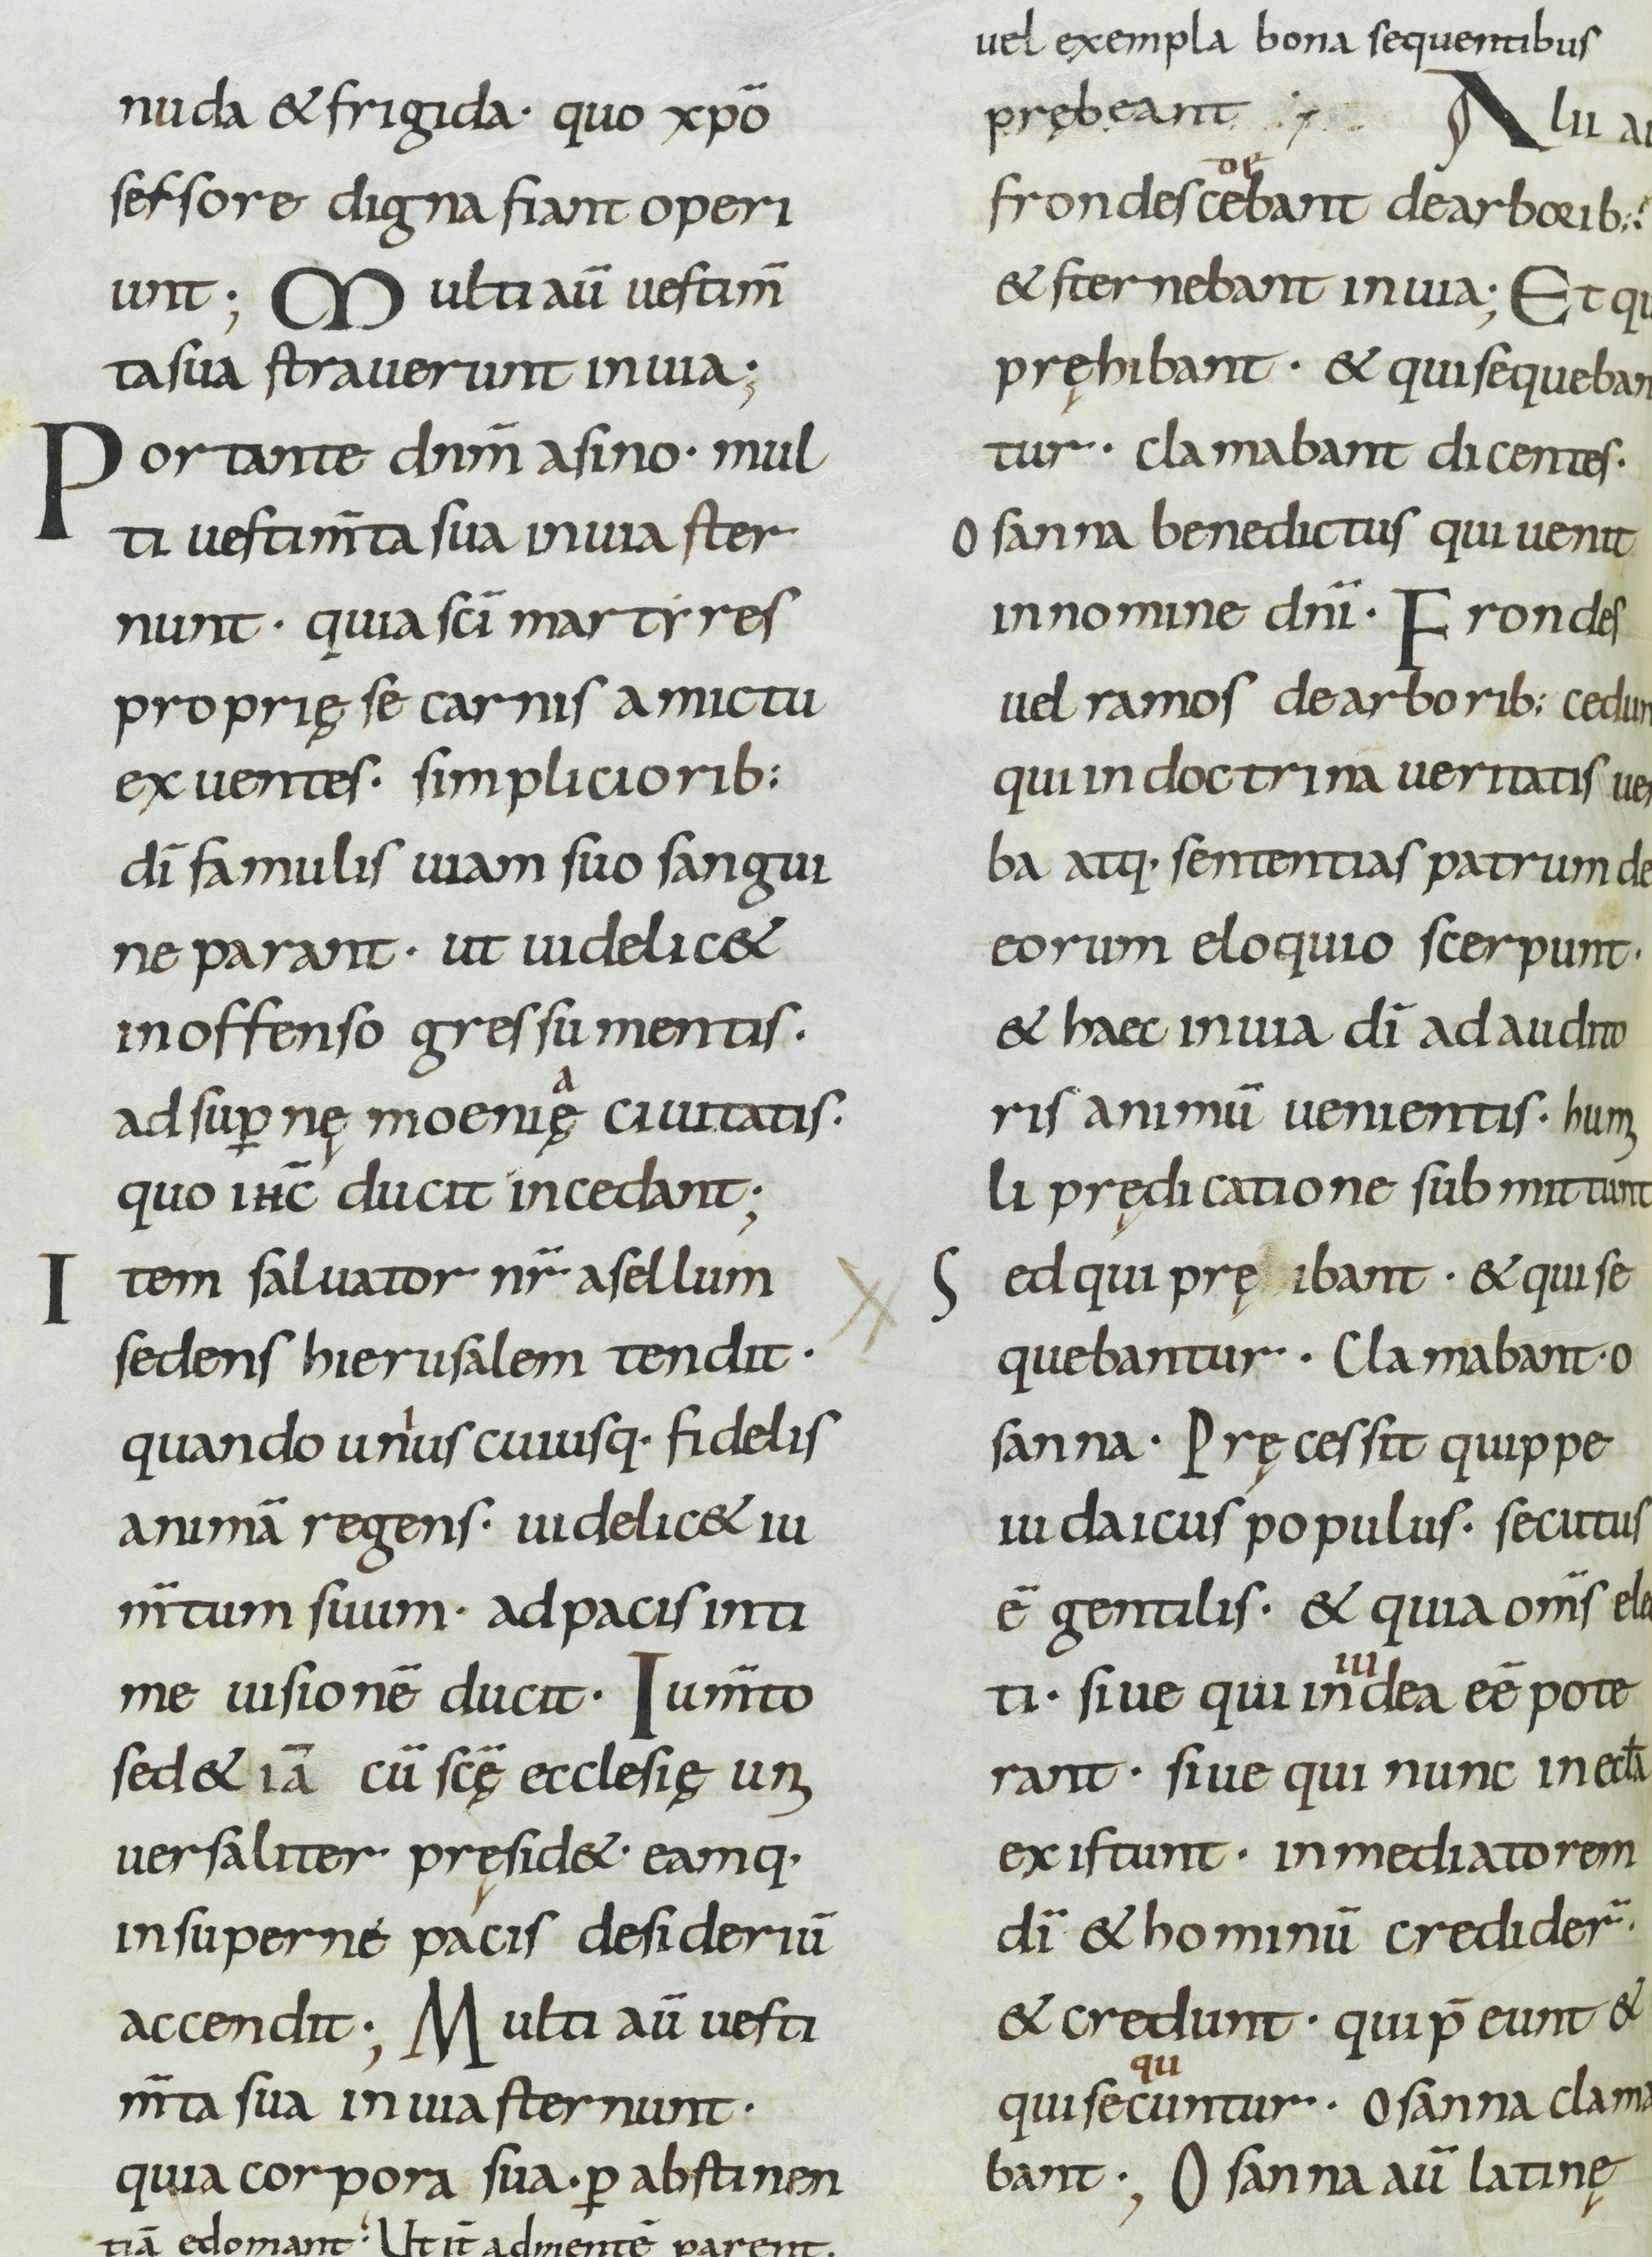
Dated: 800–899